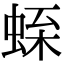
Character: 𧋝